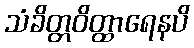
သံခိတ္တဝိတ္ထာရေနပိ